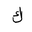
Letter: _kaf